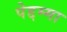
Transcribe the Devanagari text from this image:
पेद्दम्मा